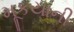
મૂકયાની